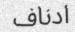
ادناف